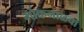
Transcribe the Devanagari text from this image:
भोकनाळचा